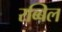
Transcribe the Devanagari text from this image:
रब्बिल